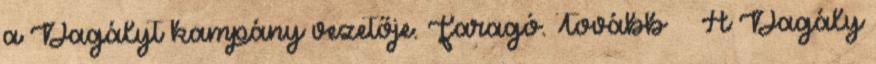
a Dagályt kampány vezetője. Faragó. Tovább › ›A Dagály